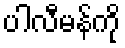
ပါလီမန်ကို